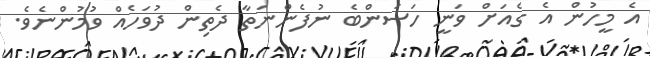
އެ މީހުން އެ ގެއަށް ވަނީ ހަސަންބެ ނުފެންނަތާ ދެތިން ދުވަހެއް ވުމުންނެވެ.